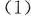
（1）